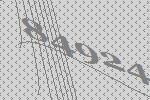
84924